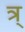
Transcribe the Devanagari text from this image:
त्र्